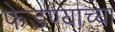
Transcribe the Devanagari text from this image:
फेडण्याच्या